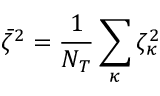
\bar { \zeta } ^ { 2 } = \frac { 1 } { { \cal N } _ { T } } \sum _ { \kappa } \zeta _ { \kappa } ^ { 2 }